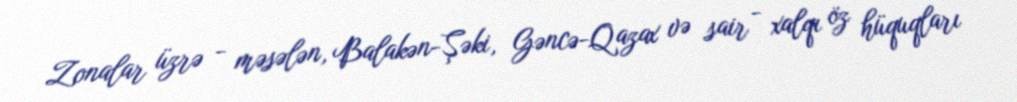
Zonalar üzrə - məsələn, Balakən-Şəki, Gəncə-Qazax və sair - xalqı öz hüquqları